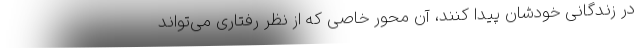
در زندگانی خودشان پیدا کنند، آن محور خاصی که از نظر رفتاری می‌تواند